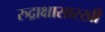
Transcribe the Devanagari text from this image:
रुद्राक्षासारखी